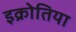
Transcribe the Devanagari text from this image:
इक्रोतिया